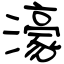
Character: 濠